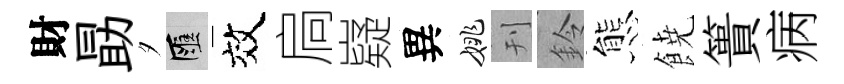
財勗夕匯效扃嶷異姚刊鈴態𩜙簣病